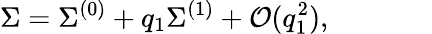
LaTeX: \Sigma=\Sigma^{(0)}+q_{1}\Sigma^{(1)}+\mathcal{O}(q_{1}^{2}),~~~~~~~~~~~~~~